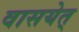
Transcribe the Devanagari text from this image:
वासयेत्